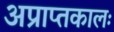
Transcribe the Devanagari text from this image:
अप्राप्तकालः